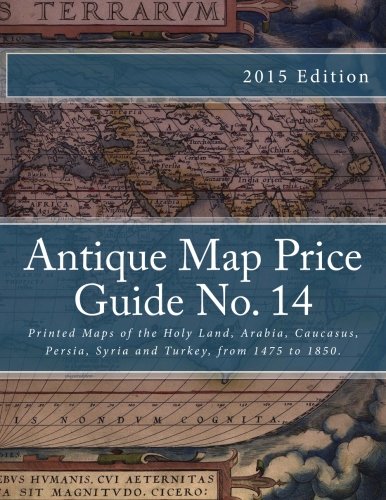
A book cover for Antique Map Price Guide No. 14: Printed Maps of the Holy Land, Arabia, Caucasus, Persia, Syria and Turkey, from 1475 to 1850.; Mr Jeffrey Sharpe; Travel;